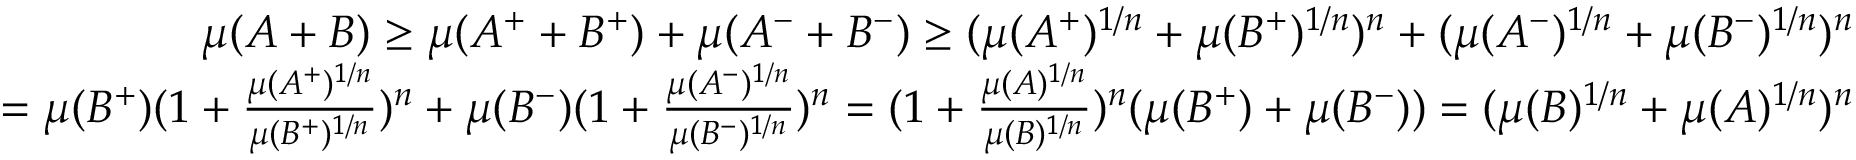
{ \begin{array} { r } { \mu ( A + B ) \geq \mu ( A ^ { + } + B ^ { + } ) + \mu ( A ^ { - } + B ^ { - } ) \geq ( \mu ( A ^ { + } ) ^ { 1 / n } + \mu ( B ^ { + } ) ^ { 1 / n } ) ^ { n } + ( \mu ( A ^ { - } ) ^ { 1 / n } + \mu ( B ^ { - } ) ^ { 1 / n } ) ^ { n } } \\ { = \mu ( B ^ { + } ) ( 1 + { \frac { \mu ( A ^ { + } ) ^ { 1 / n } } { \mu ( B ^ { + } ) ^ { 1 / n } } } ) ^ { n } + \mu ( B ^ { - } ) ( 1 + { \frac { \mu ( A ^ { - } ) ^ { 1 / n } } { \mu ( B ^ { - } ) ^ { 1 / n } } } ) ^ { n } = ( 1 + { \frac { \mu ( A ) ^ { 1 / n } } { \mu ( B ) ^ { 1 / n } } } ) ^ { n } ( \mu ( B ^ { + } ) + \mu ( B ^ { - } ) ) = ( \mu ( B ) ^ { 1 / n } + \mu ( A ) ^ { 1 / n } ) ^ { n } } \end{array} }